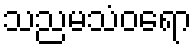
သညမသံဝရော